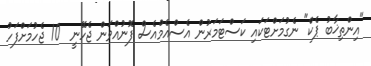
"އިންތިޚާބު ޕެކް" ނެގުމަށްޓަކައި ކަސްޓަމަރުން އެސްއެމްއެސް ފޮނުއްވަން ޖެހޭނީ  10 ޖެހުމަށްފަހު